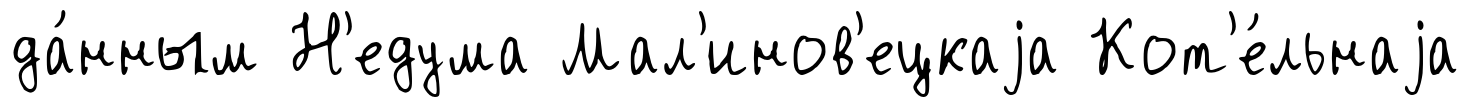
да́нным Н'едума Мал'инов'ецкаjа Кот'е́льнаjа